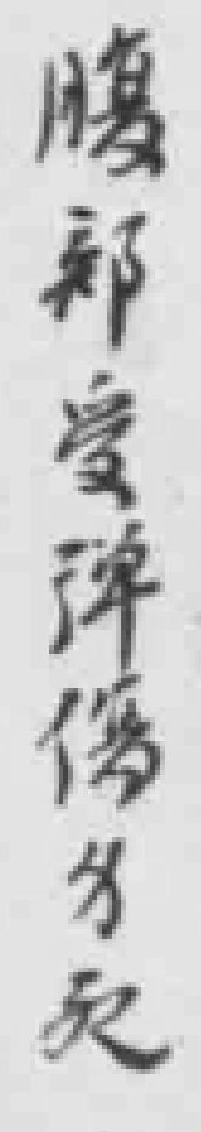
腹部愛彈僑牙起